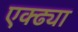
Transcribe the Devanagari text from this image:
एक्ढ्या